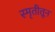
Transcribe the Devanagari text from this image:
स्मृतीतून